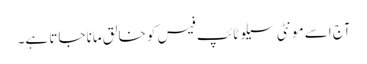
آج اسے مونٹی سیلو ٹائپ فیس کو خالق مانا جاتا ہے۔